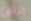
الناس